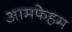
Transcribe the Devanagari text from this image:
आमफेहम